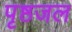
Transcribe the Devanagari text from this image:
पृष्ठजल